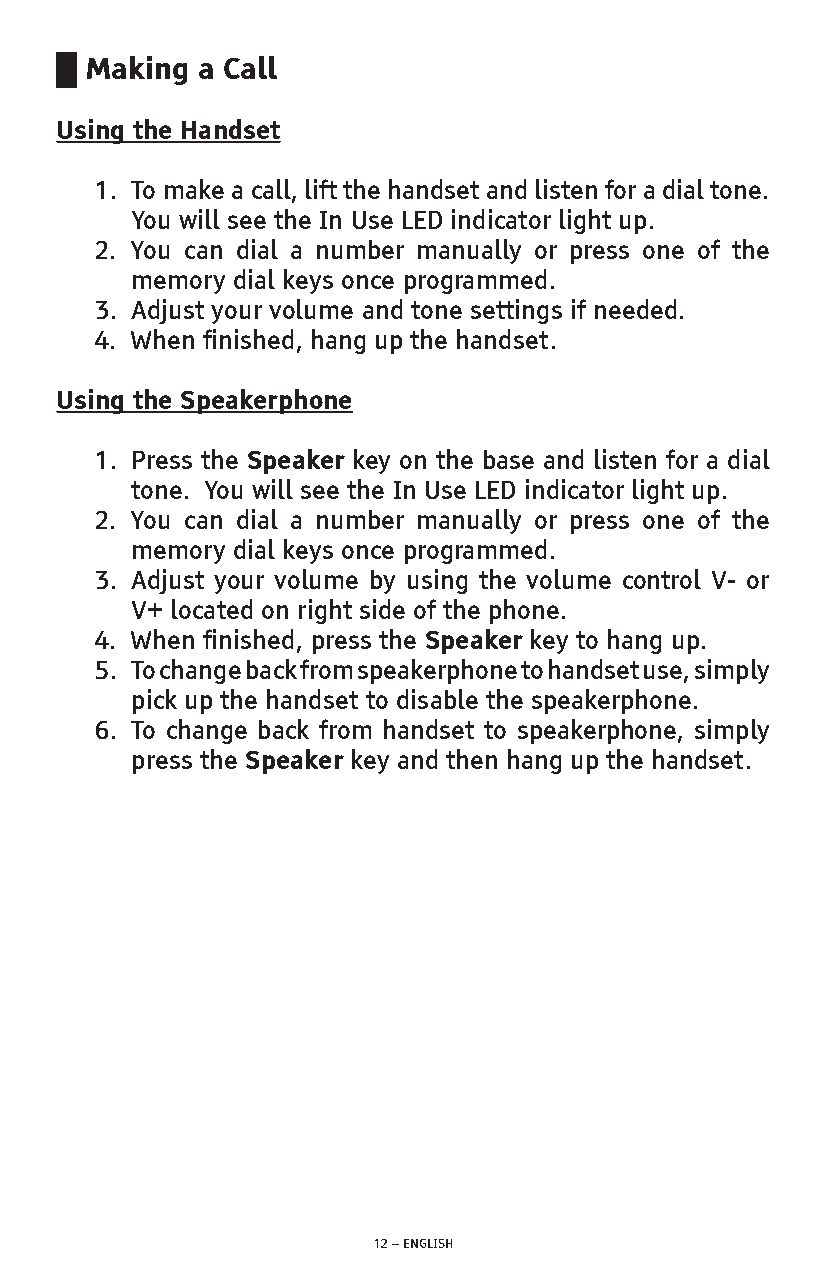
█ Making a Call
 Using the Handset
 1. To make a call, lift the handset and listen for a dial tone.
 You will see the In Use LED indicator light up.
 2. You can dial a number manually or press one of the
 memory dial keys once programmed.
 3. Adjust your volume and tone settings if needed.
 4. When finished, hang up the handset.
 Using the Speakerphone
 1. Press the Speaker key on the base and listen for a dial
 tone. You will see the In Use LED indicator light up.
 2. You can dial a number manually or press one of the
 memory dial keys once programmed.
 3. Adjust your volume by using the volume control V- or
 V+ located on right side of the phone.
 4. When finished, press the Speaker key to hang up.
 5. To change back from speakerphone to handset use, simply
 pick up the handset to disable the speakerphone.
 6. To change back from handset to speakerphone, simply
 press the Speaker key and then hang up the handset.
 12 – ENGLISH